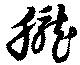
朧